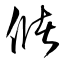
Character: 儲